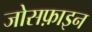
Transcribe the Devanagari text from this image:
जोसफ़ाइन